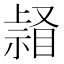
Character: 𥉆